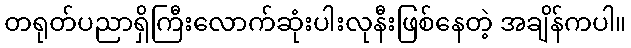
တရုတ်ပညာရှိကြီးလောက်ဆုံးပါးလုနီးဖြစ်နေတဲ့ အချိန်ကပါ။